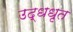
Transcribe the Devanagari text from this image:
उद्धधृत